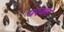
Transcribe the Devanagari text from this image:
परवर